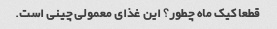
قطعا کیک ماه چطور؟ این غذای معمولی چینی است.